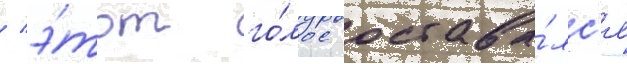
/ э́тот го́лос остава́лс'я